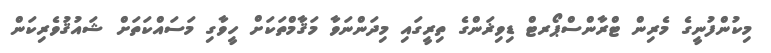
މިކުންފުނީގެ މެރިން ޓްރާންސްޕޯރޓް ޑިވިޜަންގެ ތިރީގައި މިދަންނަވާ މަޤާމްތަކަށް ހީވާގި މަސައްކަތަށް ޝައުޤުވެރިކަން